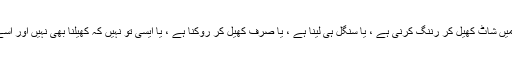
یا پھر کہیں گیپ میں شاٹ کھیل کر رننگ کرنی ہے ، یا سنگل ہی لینا ہے ، یا صرف کھیل کر روکنا ہے ، یا ایسی تو نہیں کہ کھیلنا بھی نہیں اور اسے جانے دینا ہے ۔